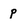
Character: p